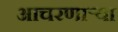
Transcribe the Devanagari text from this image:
आचरणाऱ्या